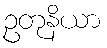
ဥတုနိယာ